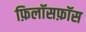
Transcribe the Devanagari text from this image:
फ़िलॉसफ़ॉस